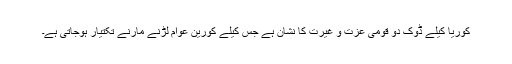
کوریا کیلے ڈوک دو قومی عزت و غیرت کا نشان ہے جس کیلے کورین عوام لڑنے مارنے تکتیار ہوجاتی ہے۔